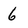
Character: 6